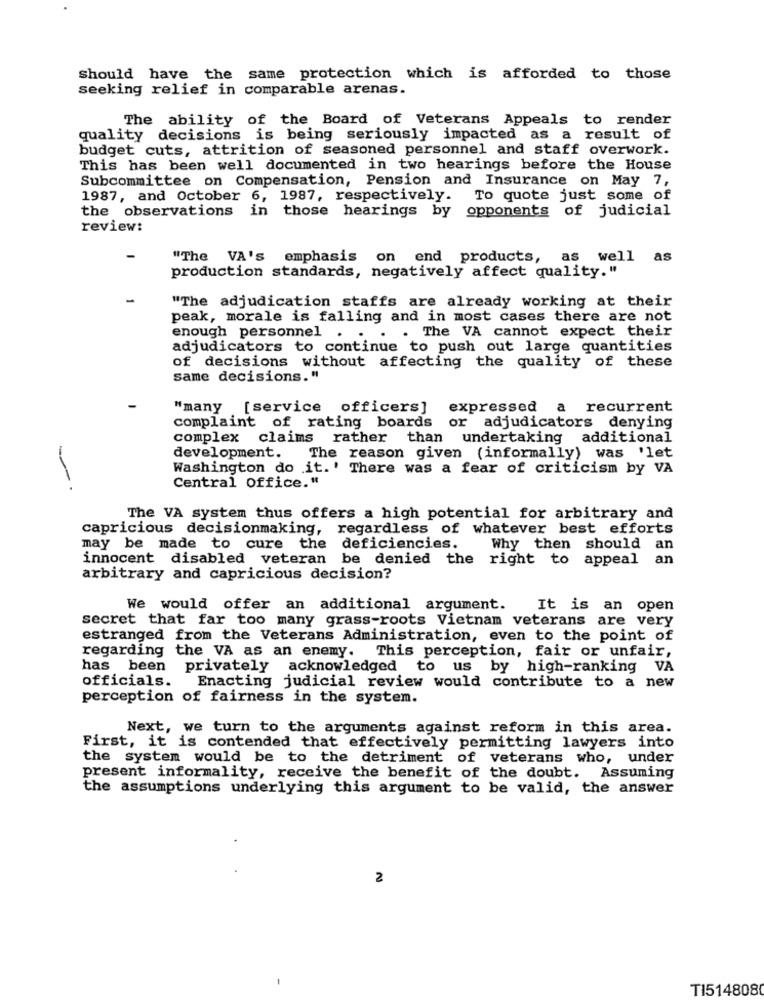
Should have the same protection which is afforded to those
seeking relief in comparable arenas.
The ability of the Board of Veterans Appeals to render
quality decisions is being seriously impacted as a result of
budget cuts, attrition of seasoned personnel and staff overwork.
This has been well documented in two hearings before the House
Subcommittee on Compensation, Pension and Insurance on May 7,
1987, and October 6, 1987, respectively.
To quote just some of
the observations in those hearings by
opponents of judicial
review:
"The VA's emphasis on end products, as well
as
production standards, negatively affect quality."
"The adjudication staffs are already working at their
peak, morale is falling and in most cases there are not
enough personnel . .
. The VA cannot expect their
adjudicators to continue to push out large quantities
of decisions without affecting the quality of these
Same decisions."
"many [service officers]
expressed a recurrent
complaint of rating boards or adjudicators denying
complex claims rather than undertaking additional
development. The reason given (informally) was 'let
Washington do it.' There was a fear of criticism by VA
---
Central Office."
The VA system thus offers a high potential for arbitrary and
capricious decisionmaking, regardless of whatever best efforts
may be made to cure the deficiencies.
Why then should an
innocent disabled veteran be denied the right to appeal an
arbitrary and capricious decision?
We would offer an additional argument.
It is an open
secret that far too many grass-roots Vietnam veterans are very
estranged from the Veterans Administration, even to the point of
regarding the VA as an enemy. This perception, fair or unfair,
has been privately acknowledged to us by high-ranking VA
officials.
Enacting judicial review would contribute to a new
perception of fairness in the system.
Next, we turn to the arguments against reform in this area.
First, it is contended that effectively permitting lawyers into
the system would be to the detriment of veterans who, under
present informality, receive the benefit of the doubt. Assuming
the assumptions underlying this argument to be valid, the answer
2
TI514808